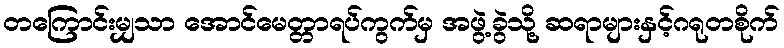
တကြောင်းမျှသာ အောင်မေတ္တာရပ်ကွက်မှ အဖွဲ့ခွဲသို့ ဆရာများနှင့်ဂရုတစိုက်